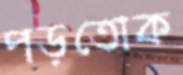
পড়তোক